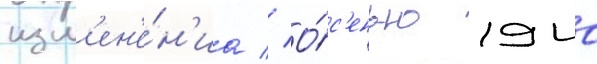
изм'ен'е́н'иа // О́с'енью 1940